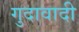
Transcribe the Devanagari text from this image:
गुदावादी